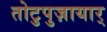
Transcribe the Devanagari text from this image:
तोटुपुज़ायार्